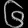
Digit: ၆